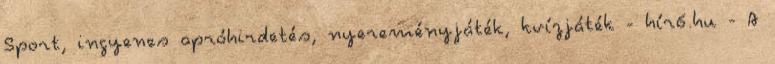
Sport, ingyenes apróhirdetés, nyereményjáték, kvízjáték - hír6.hu - A